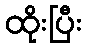
ထိုးပြီး